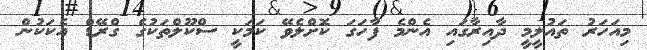
މިއަހަރު ތައުލީމީ ދާއިރާގައި އެންމެ ފާހަގަ ކޮށްލެވޭ ކަމަކީ ސްކޫލްތަކުގެ ގްރޭޑް އެކަކުން